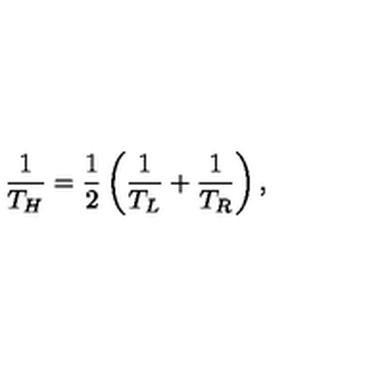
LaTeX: \frac { 1 } { T _ { H } } = \frac { 1 } { 2 } \left( \frac { 1 } { T _ { L } } + \frac { 1 } { T _ { R } } \right) ,